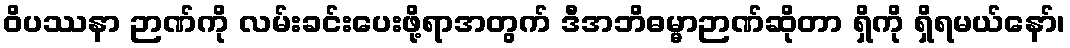
ဝိပဿနာ ဉာဏ်ကို လမ်းခင်းပေးဖို့ရာအတွက် ဒီအဘိဓမ္မာဉာဏ်ဆိုတာ ရှိကို ရှိရမယ်နော်၊